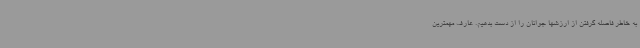
به خاطر فاصله گرفتن از ارزشها جوانان را از دست بدهیم. عارف مهمترین